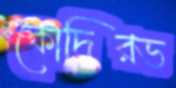
কোদিরভ